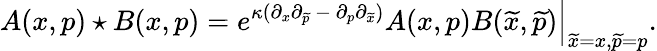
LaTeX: A(x,p)\star B(x,p)=e^{\kappa(\partial_{x}\partial_{\widetilde{p}}{~}-{~}\partial_{p}\partial_{\widetilde{x}})}A(x,p)B({\widetilde{x}},{\widetilde{p}})\Big|_{{\widetilde{x}=x},{\widetilde{p}=p}}.